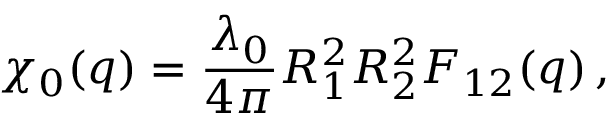
\chi _ { 0 } ( q ) = \frac { \lambda _ { 0 } } { 4 \pi } R _ { 1 } ^ { 2 } R _ { 2 } ^ { 2 } F _ { 1 2 } ( q ) \, ,